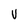
Character: V